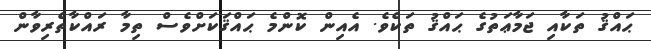
ޙައްޤު ތަކާއި ޖަމާޢަތުގެ ޙައްޤު ތަކެވެ. އެއިން ކޮންމެ ޙައްޤަކަށްވެސް ތިމާ ރައްކާތެރިވާން